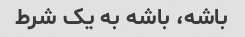
باشه، باشه به یک شرط